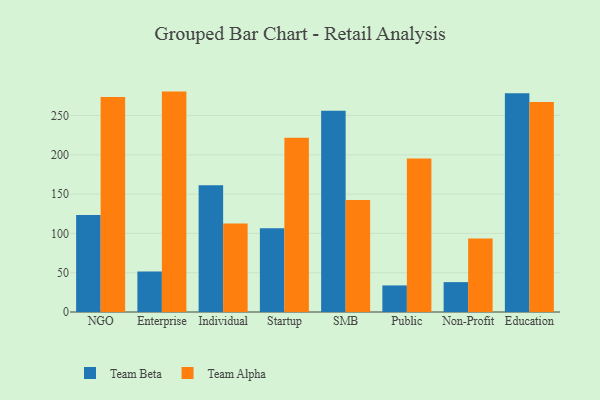
{"axis": {"x": "Segment", "y": "Revenue (USD Million)"}, "legend": ["Team Alpha", "Team Beta"], "data": [{"x": "NGO", "y": 123.4, "type": "Team Beta"}, {"x": "NGO", "y": 273.5, "type": "Team Alpha"}, {"x": "Enterprise", "y": 51.4, "type": "Team Beta"}, {"x": "Enterprise", "y": 280.4, "type": "Team Alpha"}, {"x": "Individual", "y": 161.1, "type": "Team Beta"}, {"x": "Individual", "y": 112.5, "type": "Team Alpha"}, {"x": "Startup", "y": 106.6, "type": "Team Beta"}, {"x": "Startup", "y": 221.8, "type": "Team Alpha"}, {"x": "SMB", "y": 255.9, "type": "Team Beta"}, {"x": "SMB", "y": 142.4, "type": "Team Alpha"}, {"x": "Public", "y": 33.8, "type": "Team Beta"}, {"x": "Public", "y": 195.2, "type": "Team Alpha"}, {"x": "Non-Profit", "y": 38.0, "type": "Team Beta"}, {"x": "Non-Profit", "y": 93.6, "type": "Team Alpha"}, {"x": "Education", "y": 278.2, "type": "Team Beta"}, {"x": "Education", "y": 267.1, "type": "Team Alpha"}]}